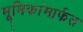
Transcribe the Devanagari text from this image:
भूमिकांमार्फत